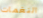
النغمات